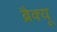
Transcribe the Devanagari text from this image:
ब्रैक्यू